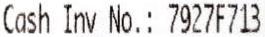
CASH INV NO.: 7927F713